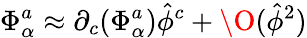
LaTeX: \Phi_{\alpha}^{a}\approx\partial_{c}(\Phi_{\alpha}^{a})\hat{\phi}^{c}+\O(\hat{\phi}^{2})